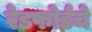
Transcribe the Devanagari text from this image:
रेडफोर्डचे